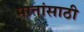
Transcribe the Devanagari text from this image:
मातांसाठी